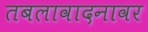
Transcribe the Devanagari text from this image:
तबलावादनावर